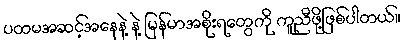
ပထမအဆင့်အနေနဲ့ နဲ့ မြန်မာအစိုးရတွေကို ကူညီဖို့ဖြစ်ပါတယ်။